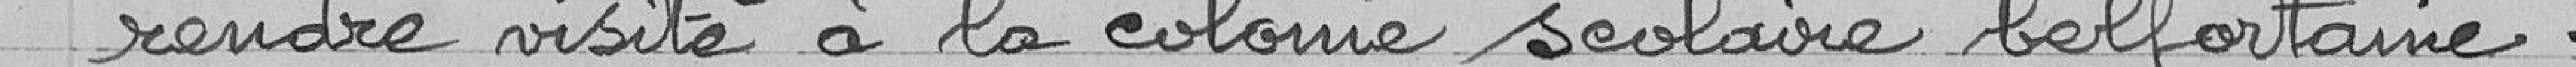
rendre visite à la colonie scolaire belfortaine.